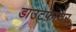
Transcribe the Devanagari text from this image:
डाउटफ़ायर